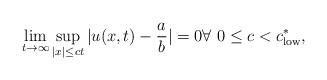
LaTeX: \begin{align*}\lim_{t\rightarrow\infty}\sup_{|x|\leq ct}|u(x,t)-\frac{a}{b}|=0\forall\,\, 0\leq c < c^{\ast}_{\rm low},\end{align*}